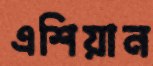
এশিয়ান